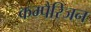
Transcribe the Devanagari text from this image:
कम्पैरिजन